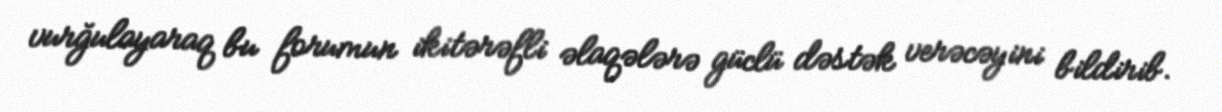
vurğulayaraq bu forumun ikitərəfli əlaqələrə güclü dəstək verəcəyini bildirib.